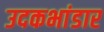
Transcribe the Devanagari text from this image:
उदकभांडार